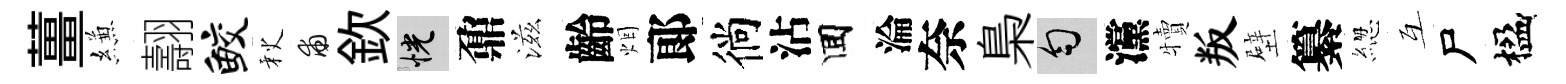
薑縑翿鲛秋甫欽恍鼐滋齡烟郞徜沾囬淪奈梟匀灙犢叛壁纂緫互尸楹